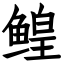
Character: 鳇